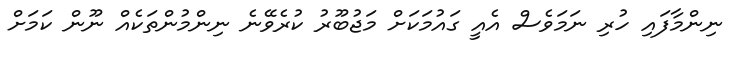
ނިންމާފައި ހުރި ނަމަވެސް އެއީ ގައުމަކަށް މަޖުބޫރު ކުރެވޭނެ ނިންމުންތަކެއް ނޫން ކަމަށް